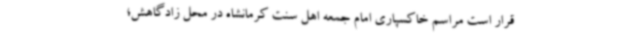
قرار است مراسم خاکسپاری امام جمعه اهل سنت کرمانشاه در محل زادگاهش؛